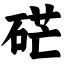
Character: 硭